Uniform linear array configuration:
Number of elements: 16
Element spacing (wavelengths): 1
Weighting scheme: exponential
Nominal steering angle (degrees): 15
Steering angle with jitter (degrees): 14.782
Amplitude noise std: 0.05
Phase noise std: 0.05

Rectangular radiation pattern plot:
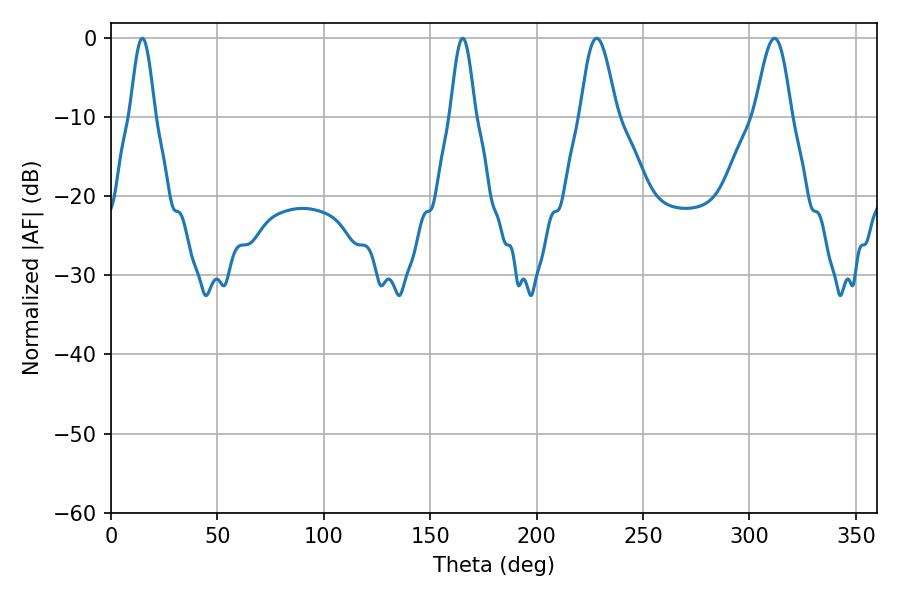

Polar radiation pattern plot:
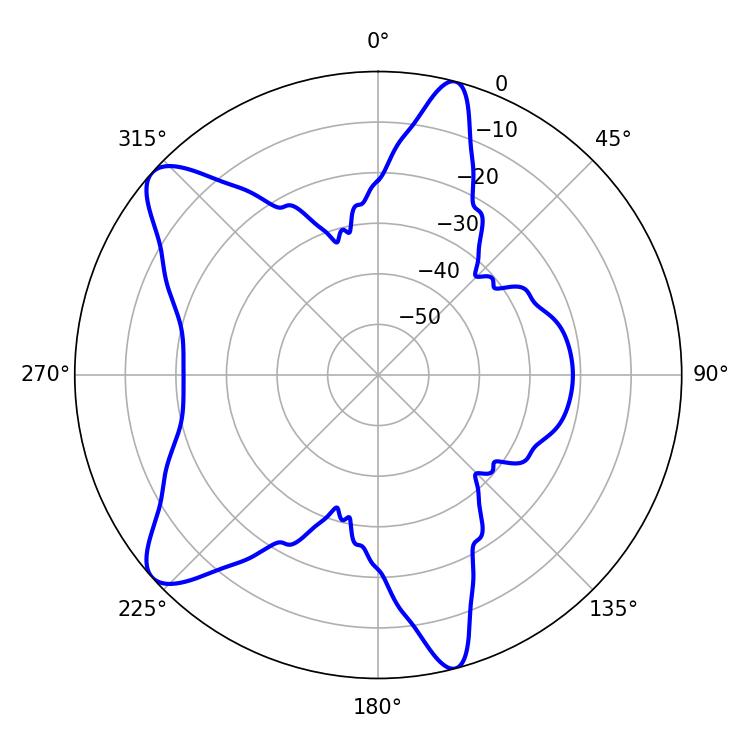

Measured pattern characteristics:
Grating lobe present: TRUE
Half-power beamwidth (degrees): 9.18
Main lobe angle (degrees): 228.24